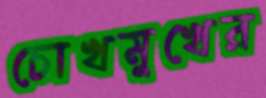
চোখমুখের